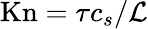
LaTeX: \mathrm{Kn}={\tau c_{s}}/{\mathcal{L}}